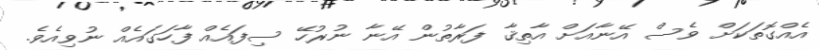
އެއްގޮތަކަށް ވެސް އޭނާއަށް އާތިޤާ ފަރާތުން އޭނާ ނުރުހޭ ސިފައެއް ފާހަގައެއް ނުވިއެވެ.